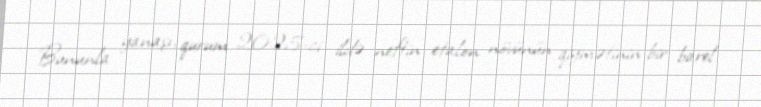
Bununla yanaşı, qurum 2025-ci ildə neftin etalon növünün qiymətinin bir barel